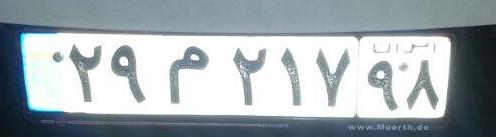
۲۹م۲۱۷۹۸